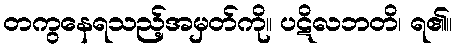
တကွနေရသည့်အမှတ်ကို။ ပဋိလဘတိ၊ ရ၏။